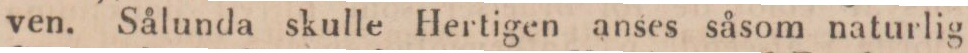
ven. Sålunda skulle Hertigen anses såsom naturlig